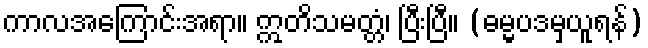
ကာလအကြောင်းအရာ။ ဣတိသမတ္တံ၊ ပြီးပြီ။ (ဓမ္မပဒမှယူရန်)